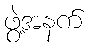
ဖွဲ့အနက်